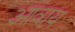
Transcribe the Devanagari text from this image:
आवाय